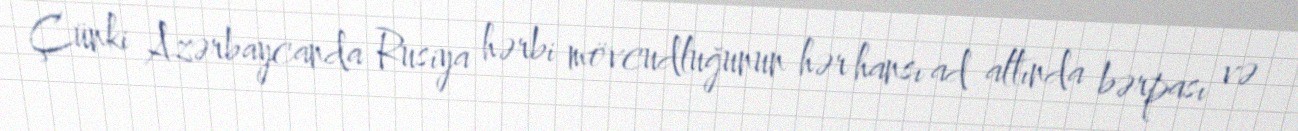
Çünki Azərbaycanda Rusiya hərbi mövcudluğunun hər hansı ad altında bərpası və